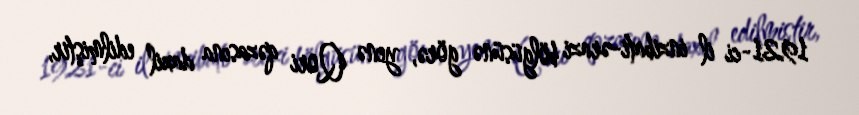
1921-ci il inzibati-ərazi bölgüsünə görə, yenə Qori qəzasına daxil edilmiştir,